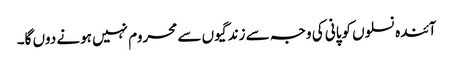
آئندہ نسلوں کوپانی کی وجہ سے زندگیوں سے محروم نہیں ہونے دوں گا۔